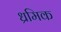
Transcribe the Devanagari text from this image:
ध्रमिक